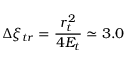
\Delta \xi _ { t r } = \frac { r _ { t } ^ { 2 } } { 4 E _ { t } } \simeq 3 . 0